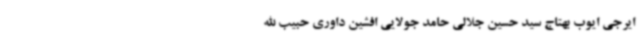
ایرجی ایوب بهتاج سید حسین جلالی حامد جولایی افشین داوری حبیب الله